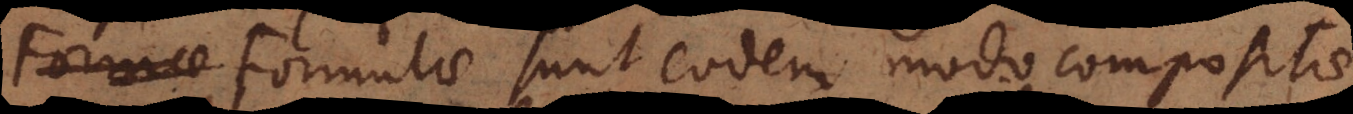
Formae Formulae sunt eodem modo compositae